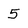
Character: 5